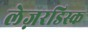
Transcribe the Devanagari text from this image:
लेज़रडिस्क